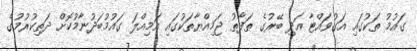
ގައުމު ތަކުގައި އަގުވައްޓާ އަދި ބޭރުގެ ތަފާތު ޖަމިއްޔާތަކުގައި އަމިއްލަ ގައުމުބަދުނާމުކޮށް ދަތިކުރުމުގެ